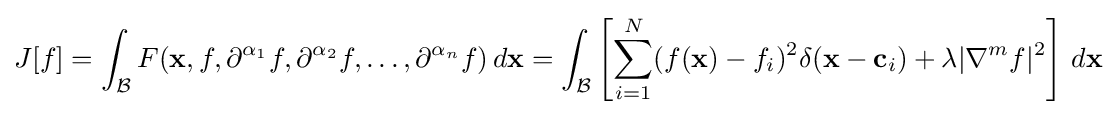
J[f]=\int _{\mathcal {B}}F(\mathbf {x} ,f,\partial ^{\alpha _{1}}f,\partial ^{\alpha _{2}}f,\ldots ,\partial ^{\alpha _{n}}f)\,d\mathbf {x} =\int _{\mathcal {B}}\left[\sum _{i=1}^{N}(f(\mathbf {x} )-f_{i})^{2}\delta (\mathbf {x} -\mathbf {c} _{i})+\lambda |\nabla ^{m}f|^{2}\right]\,d\mathbf {x}